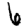
Digit: 6